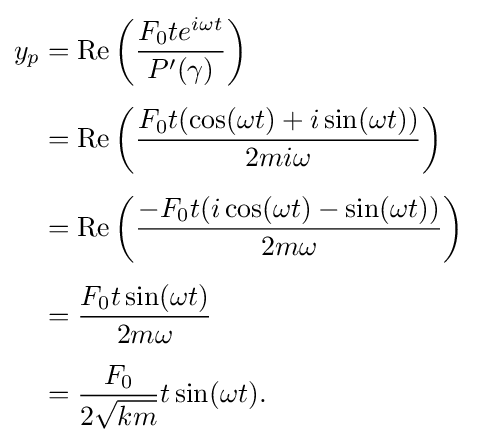
{\begin{aligned}y_{p}&=\operatorname {Re} \left({\frac {F_{0}te^{i\omega t}}{P'(\gamma )}}\right)\\[4pt]&=\operatorname {Re} \left({\frac {F_{0}t(\cos(\omega t)+i\sin(\omega t))}{2mi\omega }}\right)\\[4pt]&=\operatorname {Re} \left({\frac {-F_{0}t(i\cos(\omega t)-\sin(\omega t))}{2m\omega }}\right)\\[4pt]&={\frac {F_{0}t\sin(\omega t)}{2m\omega }}\\[4pt]&={\frac {F_{0}}{2{\sqrt {km}}}}t\sin(\omega t).\end{aligned}}